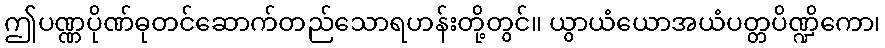
ဤပဏ္ဏပိုဏ်ဓုတင်ဆောက်တည်သောရဟန်းတို့တွင်။ ယွာယံယောအယံပတ္တပိဏ္ဍိကော၊